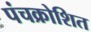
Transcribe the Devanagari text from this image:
पंचक्रोशित